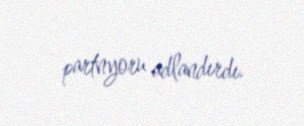
partnyoru adlandırdı.